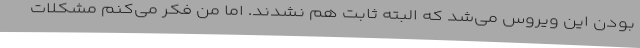
بودن این ویروس می‌شد که البته ثابت هم نشدند. اما من فکر می‌کنم مشکلات